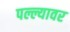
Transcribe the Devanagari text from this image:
पल्ल्यावर